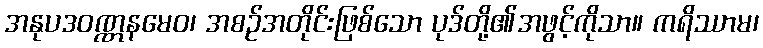
အနုပဒဝဏ္ဏနမေဝ၊ အစဉ်အတိုင်းဖြစ်သော ပုဒ်တို့၏အဖွင့်ကိုသာ။ ကရိဿာမ၊